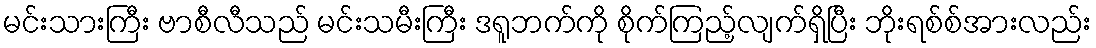
မင်းသားကြီး ဗာစီလီသည် မင်းသမီးကြီး ဒရူဘက်ကို စိုက်ကြည့်လျက်ရှိပြီး ဘိုးရစ်စ်အားလည်း